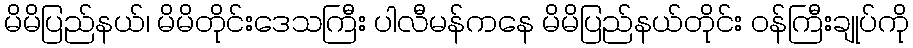
မိမိပြည်နယ်၊ မိမိတိုင်းဒေသကြီး ပါလီမန်ကနေ မိမိပြည်နယ်တိုင်း ဝန်ကြီးချုပ်ကို